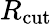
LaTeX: R_{\mathrm{cut}}